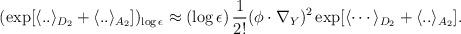
LaTeX: \begin{align*}(\exp[ \langle .. \rangle_{D_2} + \langle .. \rangle_{A_2} ])_{\log \epsilon}\approx (\log \epsilon) \, {1 \over 2!} (\phi \cdot \nabla_Y)^2 \exp[{\langle \cdots \rangle_{D_2}} + \langle .. \rangle_{A_2}] .\end{align*}